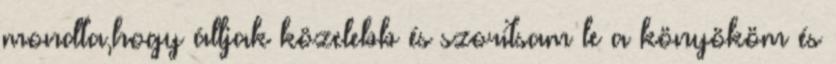
mondta,hogy álljak közelebb és szorítsam le a könyököm és